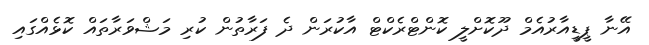
އޭނާ ޕީޑީއާރުއެމް ދޫކޮށްލީ ކޮންޓްރެކްޓް އާކުރަން ދެ ފަރާތުން ކުރި މަޝްވަރާތައް ކޮޅެއްގައި